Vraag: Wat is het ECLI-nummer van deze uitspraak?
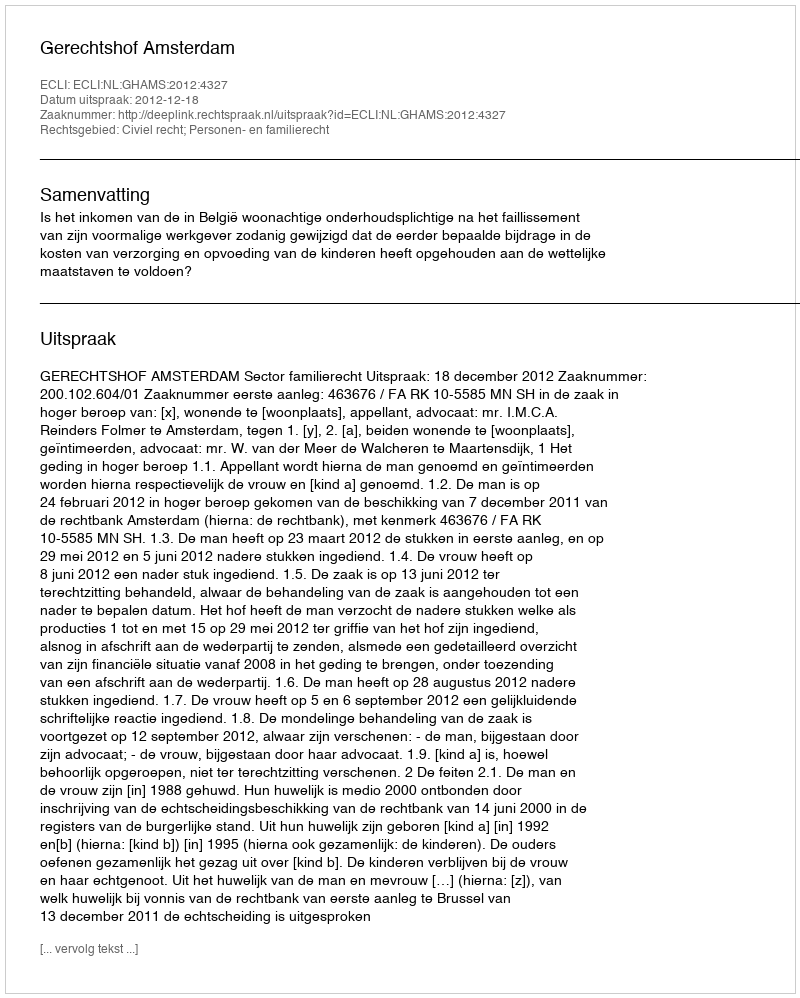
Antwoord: ECLI:NL:GHAMS:2012:4327